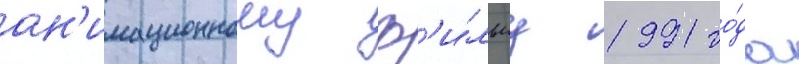
ан'имационному ф'и́льму 1991 го́да